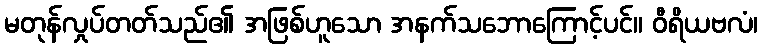
မတုန်လှုပ်တတ်သည်၏ အဖြစ်ဟူသော အနက်သဘောကြောင့်ပင်။ ဝီရိယဗလံ၊